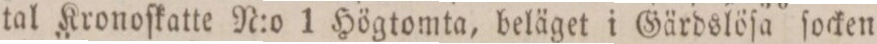
tal Kronoſkatte N:o 1 Högtomta, beläget i Gärdslöſa ſocken